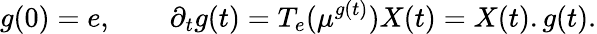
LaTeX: g(0)=e,\qquad\partial_{t}g(t)=T_{e}(\mu^{g(t)})X(t)=X(t).g(t).